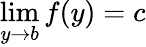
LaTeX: \operatorname*{lim}_{y\to b}f(y)=c